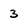
Character: 3